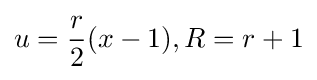
u={\frac {r}{2}}(x-1),R=r+1